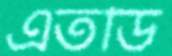
এতডি